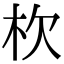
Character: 杴